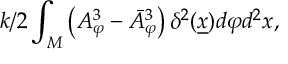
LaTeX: { k / 2 } \int _ { M } \left( A _ { \varphi } ^ { 3 } - \bar { A } _ { \varphi } ^ { 3 } \right) \delta ^ { 2 } ( \underline { { { x } } } ) d \varphi d ^ { 2 } x ,